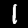
Label: 1